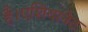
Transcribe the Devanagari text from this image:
है।एशियानेट